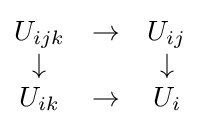
{\begin{matrix}U_{ijk}&\to &U_{ij}\\\downarrow &&\downarrow \\U_{ik}&\to &U_{i}\end{matrix}}